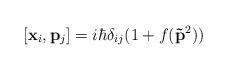
LaTeX: \begin{align*}[{\bf{x}}_i,{\bf{p}}_j] = i\hbar \delta_{ij} (1 + f({\bf \vec{p}}^2))\end{align*}